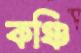
কঞ্চি